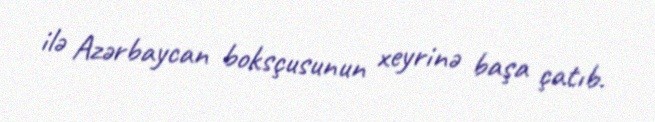
ilə Azərbaycan boksçusunun xeyrinə başa çatıb.